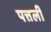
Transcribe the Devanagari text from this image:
पत्तली